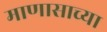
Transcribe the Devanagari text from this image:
माणासाच्या